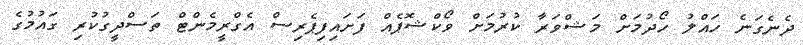
ދެނެގަނެ ހައްލު ހޯދުމަށް މަޝްވަރާ ކުރުމަށް ވޯކްޝޮޕެއް ފަށައިފިޕެރިސް އެގްރީމެންޓް ތަސްދީގުކުރި ގައުމުގެ